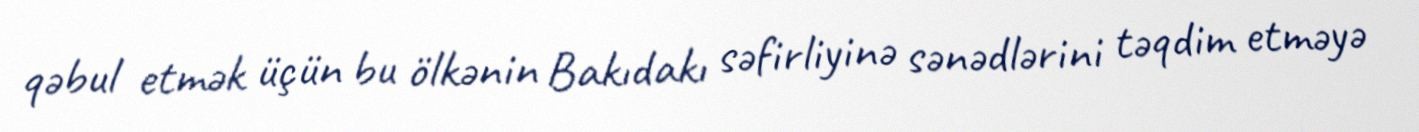
qəbul etmək üçün bu ölkənin Bakıdakı səfirliyinə sənədlərini təqdim etməyə